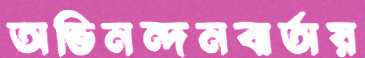
অভিনন্দনবার্তায়